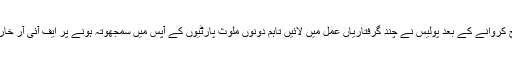
ایف آئی آر درج کروانے کے بعد پولیس نے چند گرفتاریاں عمل میں لائیں تاہم دونوں ملوث پارٹیوں کے آپس میں سمجھوتہ ہونے پر ایف آئی آر خارج کر دی گئی۔